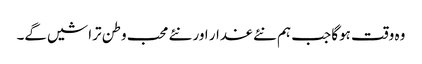
وہ وقت ہوگا جب ہم نئے غدار اور نئے محب وطن تراشیں گے۔